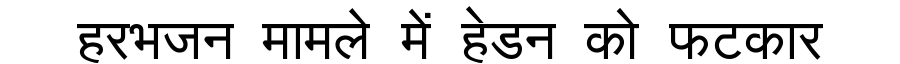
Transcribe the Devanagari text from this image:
हरभजन मामले में हेडन को फटकार